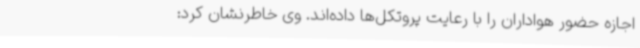
اجازه حضور هواداران را با رعایت پروتکل‌ها داده‌اند. وی خاطرنشان کرد: